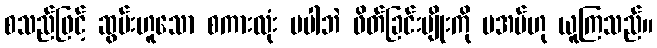
စသည်ဖြင့် ဆွမ်းဟူသော စကားလုံး မပါဘဲ ဖိတ်ခြင်းမျိုးကို မအပ်ဟု ယူကြသည်။